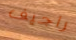
راجيف